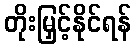
တိုးမြှင့်နိုင်ရန်